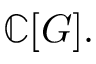
\mathbb { C } [ G ] .